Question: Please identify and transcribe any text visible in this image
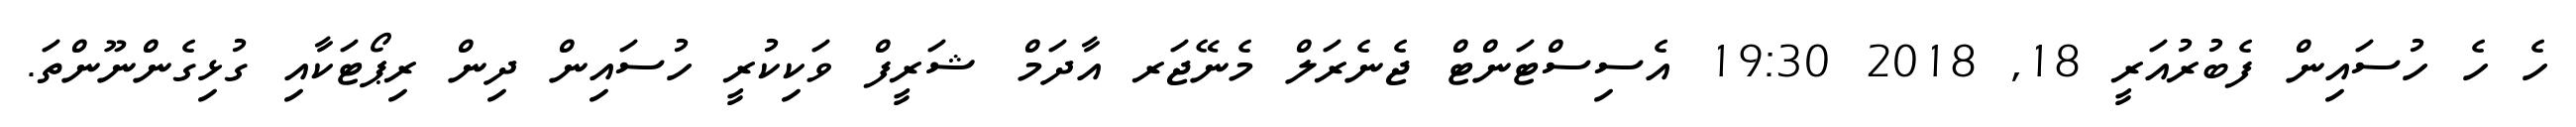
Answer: ހެ ހެ ހުސައިން ފެބުރުއަރީ 18, 2018 19:30 އެސިސްޓަންޓް ޖެނެރަލް މެނޭޖަރ އާދަމް ޝަރީފް ވަކިކުރީ ހުސައިން ދިން ރިޕޯޓަކާއި ގުޅިގެންނޫންތަ.